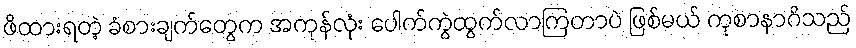
ဖိထားရတဲ့ ခံစားချက်တွေက အကုန်လုံး ပေါက်ကွဲထွက်လာကြတာပဲ ဖြစ်မယ် ကုစာနာဂိသည်